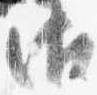
御